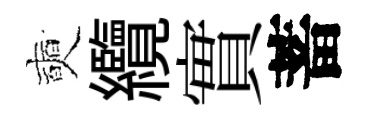
奭纜實蓄